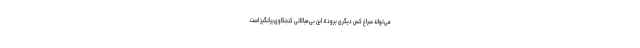
می‌تواند سراغ کس دیگری برود». این بی‌مبالاتی کنجکاوی‌برانگیز است.